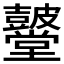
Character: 𮮫